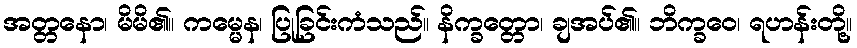
အတ္တနော၊ မိမိ၏။ ကမ္မေန၊ ပြုခြင်းကံသည်။ နိက္ခတ္တော၊ ချအပ်၏။ ဘိက္ခဝေ၊ ရဟန်းတို့။